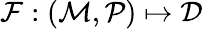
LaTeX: \mathcal{F}:(\mathcal{M},\mathcal{P})\mapsto\mathcal{D}